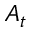
A _ { t }